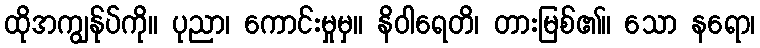
ထိုအကျွန်ုပ်ကို။ ပုညာ၊ ကောင်းမှုမှ။ နိဝါရေတိ၊ တားမြစ်၏။ သော နရော၊